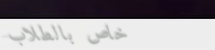
خاص بالطلاب